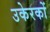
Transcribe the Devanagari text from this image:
उकेरकों